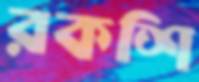
রকশি